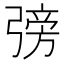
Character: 𢐊